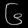
Digit: ၆